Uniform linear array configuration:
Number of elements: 8
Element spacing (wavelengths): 1
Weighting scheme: cosine
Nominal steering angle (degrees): -60
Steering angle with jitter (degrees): -60.039
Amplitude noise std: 0.05
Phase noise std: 0.05

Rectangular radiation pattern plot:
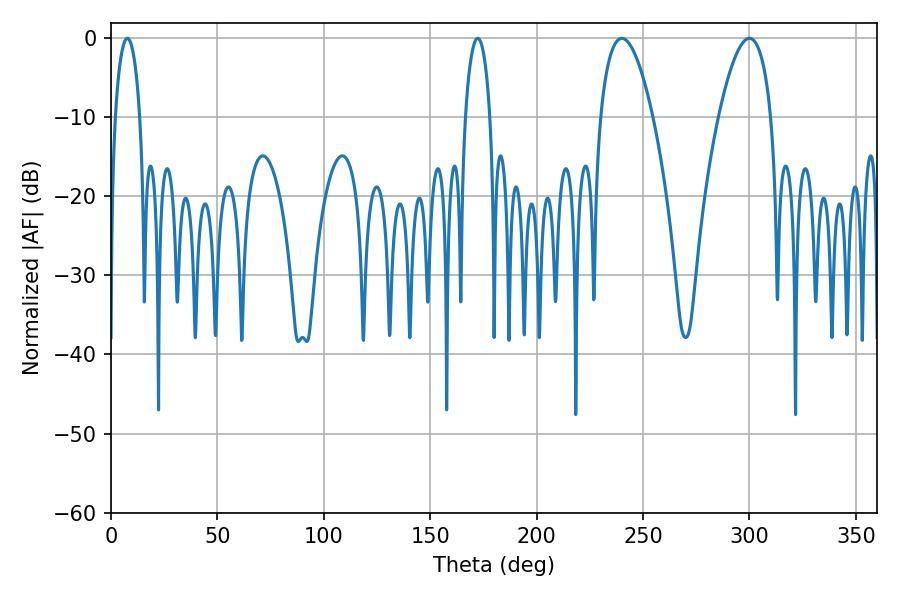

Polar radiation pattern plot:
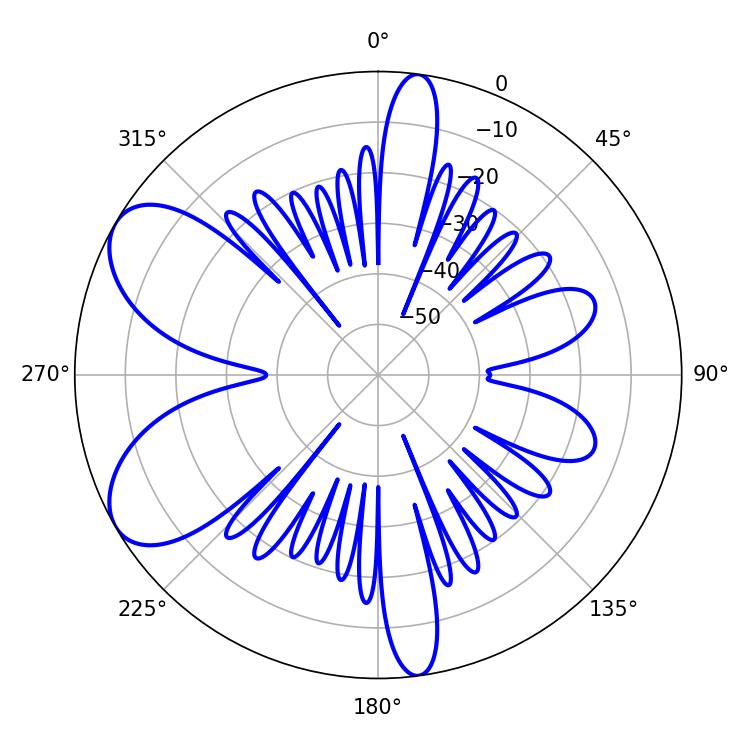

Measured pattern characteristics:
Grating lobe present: TRUE
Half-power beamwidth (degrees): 13.5
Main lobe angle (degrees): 239.94